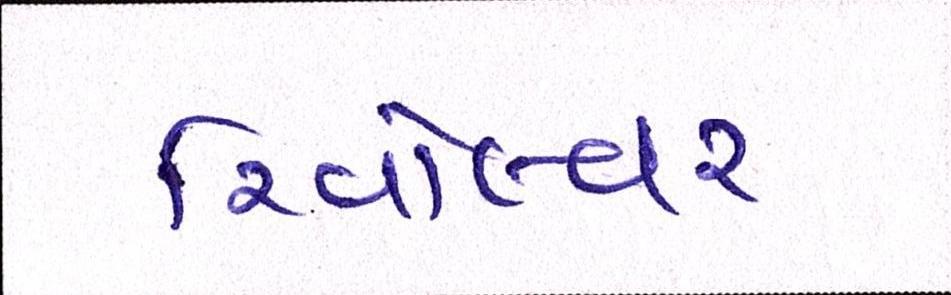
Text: રિવૉલ્વર